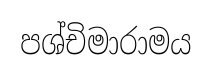
පශ්චිමාරාමය